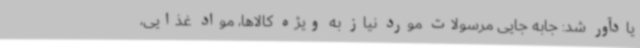
یادآور شد: جابه جایی مرسولات مورد نیاز به ویژه کالاها، مواد غذایی،